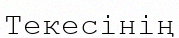
Текесінің